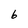
Character: 6